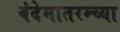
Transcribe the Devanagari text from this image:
वंदेमातरम्च्या